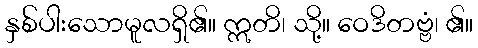
နှစ်ပါးသောမူလရှိ၏။ ဣတိ၊ သို့။ ဝေဒိတဗ္ဗံ၊ ၏။